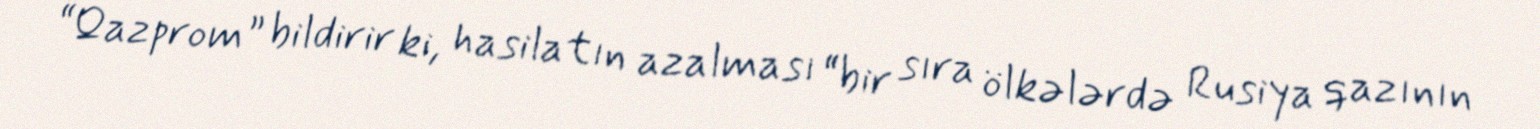
“Qazprom” bildirir ki, hasilatın azalması “bir sıra ölkələrdə Rusiya qazının